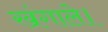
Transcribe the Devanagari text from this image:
खंगाले।